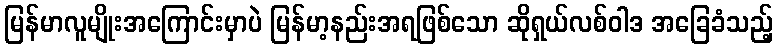
မြန်မာလူမျိုးအကြောင်းမှာပဲ မြန်မာ့နည်းအရဖြစ်သော ဆိုရှယ်လစ်ဝါဒ အခြေခံသည့်